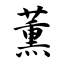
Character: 薰